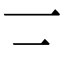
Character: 𠄟